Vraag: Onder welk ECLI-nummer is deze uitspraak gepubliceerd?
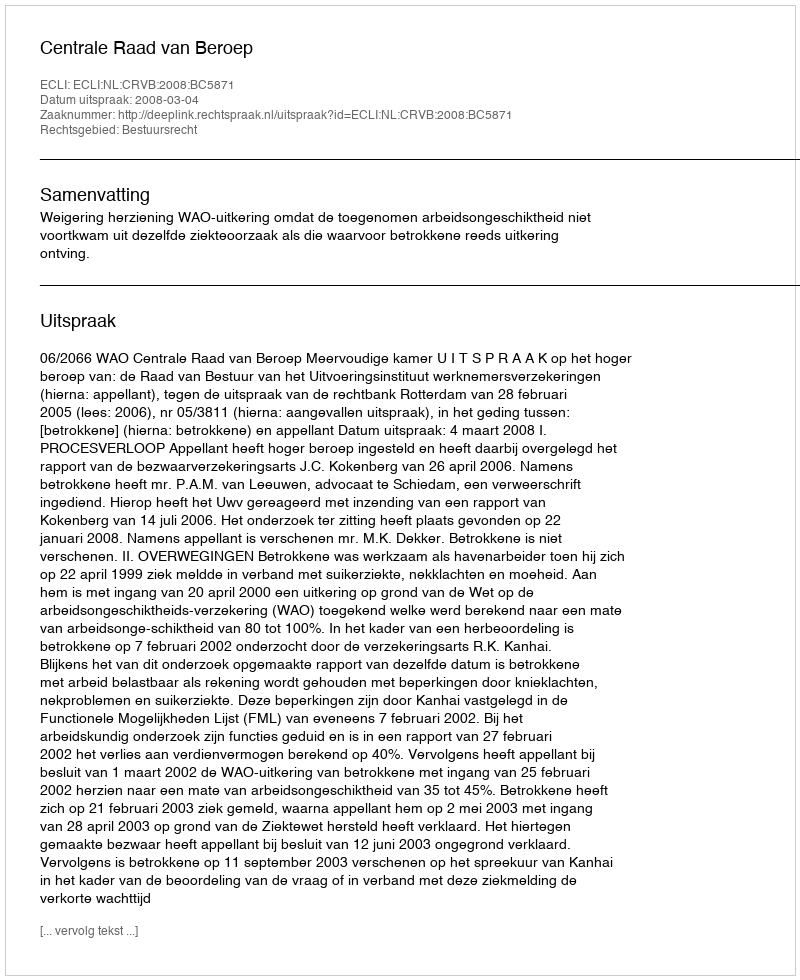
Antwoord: ECLI:NL:CRVB:2008:BC5871